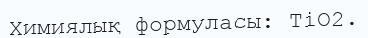
Химиялық формуласы: ТіО2.